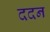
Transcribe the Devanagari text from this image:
ददन